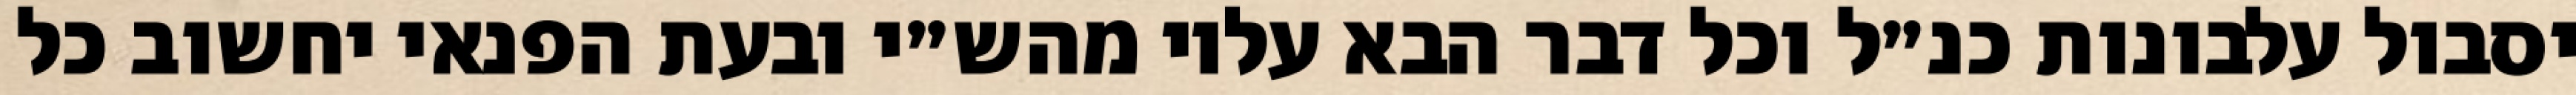
יסבול עלבונות כנ״ל וכל דבר הבא עליו מהש״י ובעת הפנאי יחשוב כל